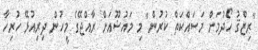
"ރިޒްޤު ހޯދުމަށް މަސައްކަތް ކުރުން" މި މައުޟޫއަށް ރާއްޖޭގެ މީހުން ދިރިއުޅޭ ހުރިހާ